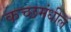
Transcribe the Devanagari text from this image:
कच्छमंधील